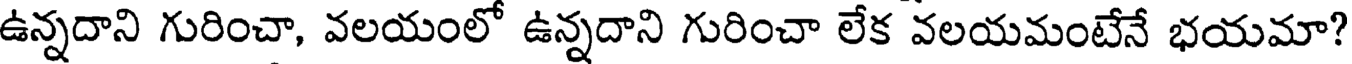
ఉన్నదాని గురించా, వలయంలో ఉన్నదాని గురించా లేక వలయమంటేనే భయమా?